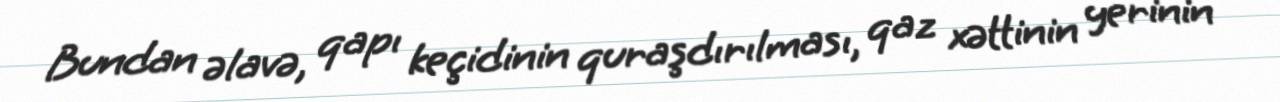
Bundan əlavə, qapı keçidinin quraşdırılması, qaz xəttinin yerinin